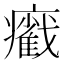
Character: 𤻵